Source: Handwritten
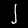
Digit: ၂ (2)